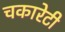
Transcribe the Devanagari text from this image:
चकारेटी